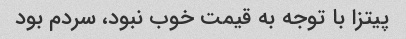
پیتزا با توجه به قیمت خوب نبود، سردم بود